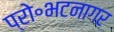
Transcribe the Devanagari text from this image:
प्रो॰भटनागर